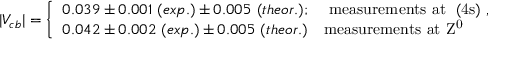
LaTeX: | V _ { c b } | = \left\{ \begin{array} { l l } { { 0 . 0 3 9 \pm 0 . 0 0 1 \ ( e x p . ) \pm 0 . 0 0 5 \ ( t h e o r . ) ; } } & { { \mathrm { ~ m e a s u r e m e n t s ~ a t ~ \Upsilon ( 4 s ) ~ } , } } \\ { { 0 . 0 4 2 \pm 0 . 0 0 2 \ ( e x p . ) \pm 0 . 0 0 5 \ ( t h e o r . ) } } & { { \mathrm { m e a s u r e m e n t s ~ a t ~ Z ^ { 0 } ~ } } } \end{array} \right.